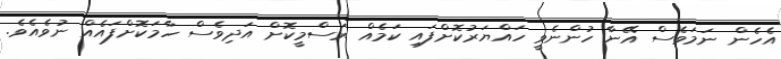
އެހެން ނަމަވެސް އޭނާ ހުންނެވީ ހައްޔަރުކޮށްފައި ކަމެއް ރަސްމީކޮށް އަދިވެސް ހާމަކޮށްފައެއް ނުވެއެވެ.